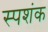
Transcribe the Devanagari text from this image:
स्पशंक